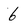
Character: 6